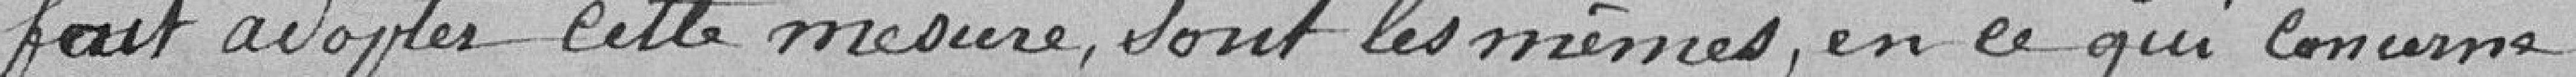
fait adopter cette mesures, sont les mêmes, en ce qui concerne